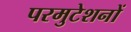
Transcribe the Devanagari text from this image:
परमुटेशनों